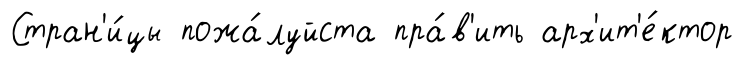
Стран'и́цы пожа́луйста пра́в'ить арх'ит'е́ктор